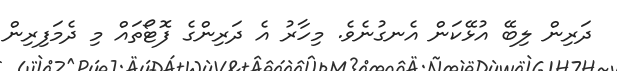
ދަރިން ލިބޭ އުޅޭކަން އެނގުނެވެ. މިހާރު އެ ދަރިންގެ ފޮޓޯތައް މި ދެމަފިރިން